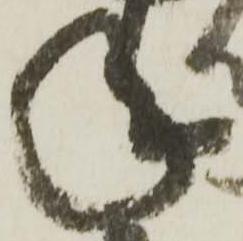
年